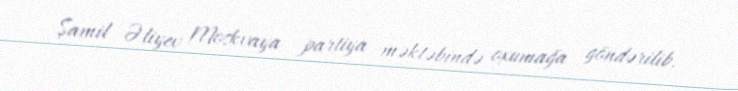
Şamil Əliyev Moskvaya partiya məktəbində oxumağa göndərilib.